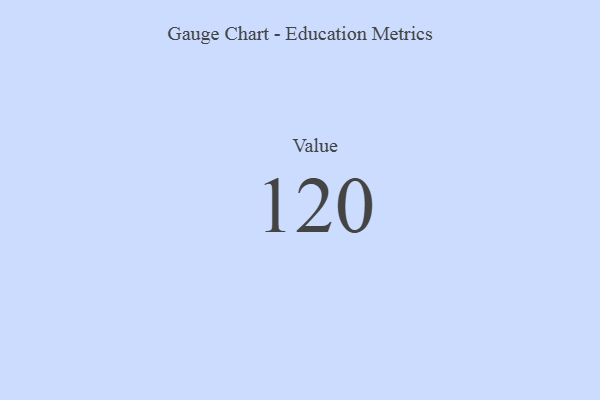
{"axis": {"x": "Metric", "y": "Value"}, "legend": [""], "data": [{"x": "Value", "y": 120, "type": ""}]}